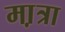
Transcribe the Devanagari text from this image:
मा़त्रा